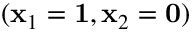
( { \bf x } _ { 1 } = { \bf 1 } , { \bf x } _ { 2 } = { \bf 0 } )